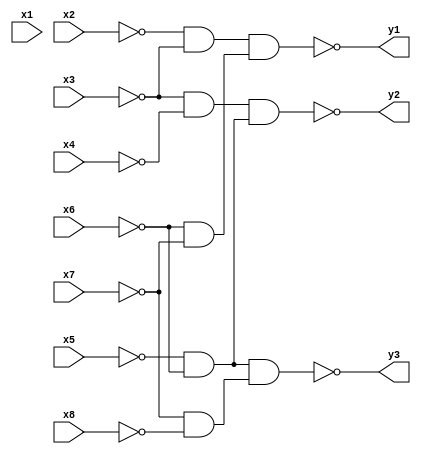
`timescale 1ns / 1ps

module encoder(
    input x1,
    input x2,
    input x3,
    input x4,
    input x5,
    input x6,
    input x7,
    input x8,
    output y1,
    output y2,
    output y3
    );
    
    wire not_x2, not_x3, not_x4, not_x5, not_x6, not_x7, not_x8;
    
    nand(not_x2, x2, x2);
    nand(not_x3, x3, x3);
    nand(not_x4, x4, x4);
    nand(not_x5, x5, x5);
    nand(not_x6, x6, x6);
    nand(not_x7, x7, x7);
    nand(not_x8, x8, x8);
    
    wire x2_or_x3_in, x3_or_x4_in, x5_or_x6_in, x6_or_x7_in, x7_or_x8_in;
    
    nand(x2_or_x3_in, not_x2, not_x3);
    nand(x3_or_x4_in, not_x3, not_x4);
    nand(x5_or_x6_in, not_x5, not_x6);
    nand(x6_or_x7_in, not_x6, not_x7);
    nand(x7_or_x8_in, not_x7, not_x8);
    
    wire x2_or_x3_out, x3_or_x4_out, x5_or_x6_out, x6_or_x7_out, x7_or_x8_out;
    
    nand(x2_or_x3_out, x2_or_x3_in, x2_or_x3_in);
    nand(x3_or_x4_out, x3_or_x4_in, x3_or_x4_in);
    nand(x5_or_x6_out, x5_or_x6_in, x5_or_x6_in);
    nand(x6_or_x7_out, x6_or_x7_in, x6_or_x7_in);
    nand(x7_or_x8_out, x7_or_x8_in, x7_or_x8_in);
    
    
    nand(y1, x2_or_x3_out, x6_or_x7_out);
    nand(y2, x3_or_x4_out, x5_or_x6_out);
    nand(y3, x5_or_x6_out, x7_or_x8_out);
    
endmodule